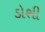
ડોશી